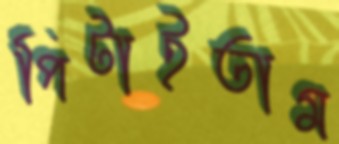
পিটাইতাম